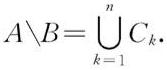
\[
A\setminus B=\bigcup_{k = 1}^{n} C_{k}.
\]